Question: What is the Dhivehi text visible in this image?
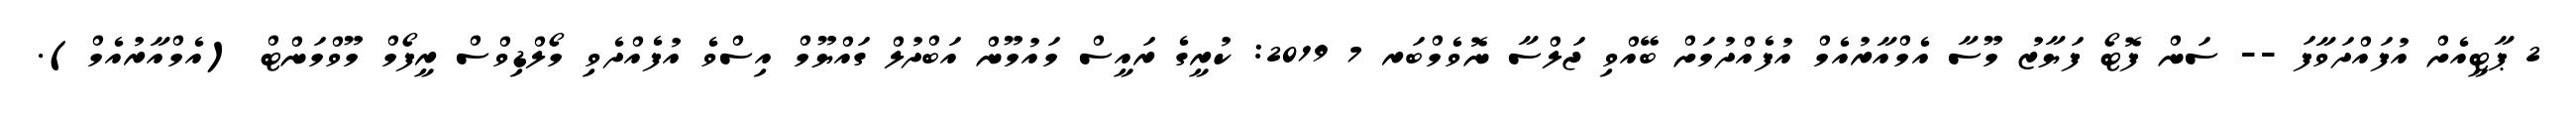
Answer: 2 ޕާޓީއެށް އުފައްދަވާފަ -- ސަން ފޮޓޯ ފަޔާޒު މޫސާ އެމްއާރުއެމް އުފެއްދުމަށް ބޭއްވި ޖަލްސާ ނޮވެމްބަރ 7 2019: ކުރީގެ ރައީސް މައުމޫން އަބްދުލް ގައްޔޫމް އިސްވެ އުފެއްދެވި މޯލްޑިވްސް ރީފޯމް މޫވްމަންޓް (އެމްއާރުއެމް).